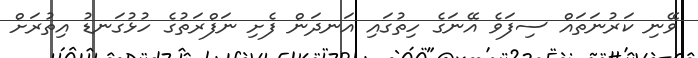
ވޭނި ކަރުނަތައް ސިފަވެ އޭނަގެ ހިތުގައި އަނދަން ފެށި ނަފްރަތުގެ ހުޅުގަނޑު އިތުރަށް